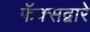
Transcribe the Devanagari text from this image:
फॅक्सद्वारे